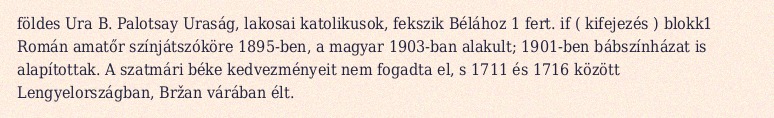
földes Ura B. Palotsay Uraság, lakosai katolikusok, fekszik Bélához 1 fert. if ( kifejezés ) blokk1 Román amatőr színjátszóköre 1895-ben, a magyar 1903-ban alakult; 1901-ben bábszínházat is alapítottak. A szatmári béke kedvezményeit nem fogadta el, s 1711 és 1716 között Lengyelországban, Bržan várában élt.